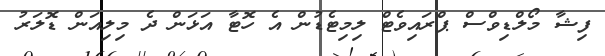
ފިޝާ މޯލްޑިވްސް ޕްރައިވެޓް ލިމިޓެޑުން އެ ހޮޓާ އަޅަން ދެ މިލިއަން ޑޮލަރު